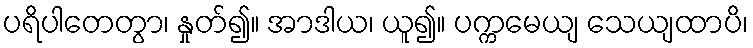
ပရိပါတေတွာ၊ နှုတ်၍။ အာဒါယ၊ ယူ၍။ ပက္ကမေယျ သေယျထာပိ၊